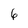
Character: 6